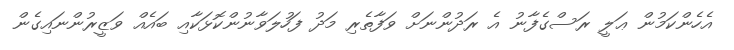
އެހެންކަމުން ޢަލީ ރަސްގެފާނު އެ ރަދުންނަށް ވަފާތެރި މަދު ފަހުލަވާނުންކޮޅަކާއި ބައެއް ވަޒީރުންނައިގެން